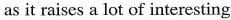
as it raises a lot of interesting